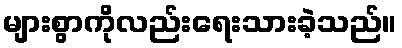
များစွာကိုလည်းရေးသားခဲ့သည်။